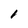
Character: 1